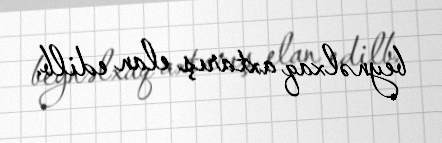
beynəlxaq axtarış elan edilb.